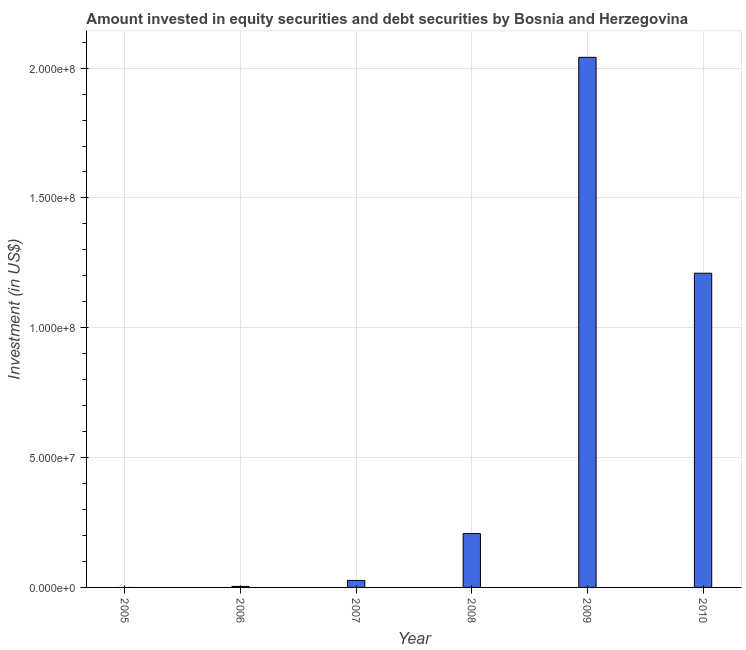
| Year | Portfolio Investment |
 | --- | --- |
 | 2005 | -2.57e+06 |
 | 2006 | 3.88e+05 |
 | 2007 | 2.7e+06 |
 | 2008 | 2.07e+07 |
 | 2009 | 2.04e+08 |
 | 2010 | 1.21e+08 |